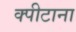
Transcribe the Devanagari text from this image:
क्पीटाना